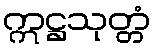
ဣဋ္ဌသုတ္တံ